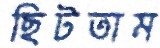
ছিটতাম